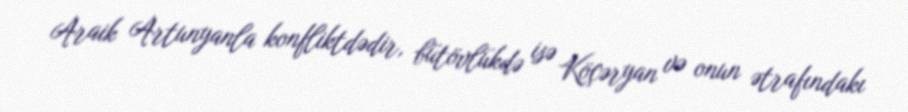
Araik Artunyanla konfliktdədir, bütövlükdə isə Köçəryan və onun ətrafındakı